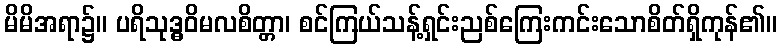
မိမိအရာ၌။ ပရိသုဒ္ဓဝိမလစိတ္တာ၊ စင်ကြယ်သန့်ရှင်းညစ်ကြေးကင်းသောစိတ်ရှိကုန်၏။